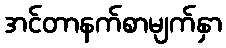
အင်တာနက်စာမျက်နှာ